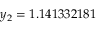
y _ { 2 } = 1 . 1 4 1 3 3 2 1 8 1